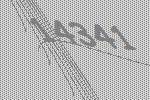
14341